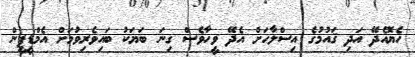
ހެޔޮއެދޭ އަދި ޤައުމުގެ އިސްލާހަށް އެދޭ ވީހާވެސް ގިނަ ބަޔަކު ބައިވެރިވުމަށް އެމްޑީޕީން